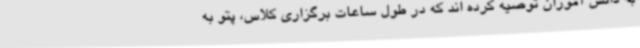
به دانش آموزان توصیه کرده اند که در طول ساعات برگزاری کلاس، پتو به